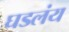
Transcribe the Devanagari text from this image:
घडलंय